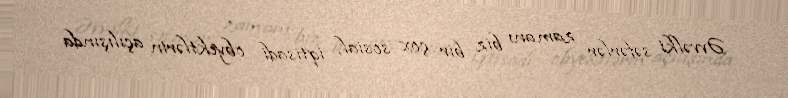
Əvvəlki səfərlər zamanı biz bir çox sosial, iqtisadi obyektlərin açılışında